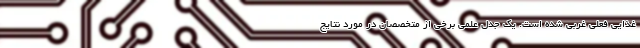
غذایی فعلی غربی شده است. یک جدل علمی برخی از متخصصان در مورد نتایج